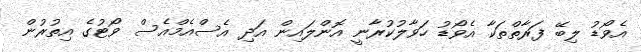
އެވޯޑު ލިބޭ ފަރާތްތަކާ އެވޯޑު ހަވާލުކުރާނީ އޮންލައިން އަދި އެސްއެމްއެސް ވޯޓުގެ އިތުރުން